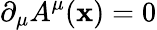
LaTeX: \partial_{\mu}A^{\mu}(\mathbf{x})=0